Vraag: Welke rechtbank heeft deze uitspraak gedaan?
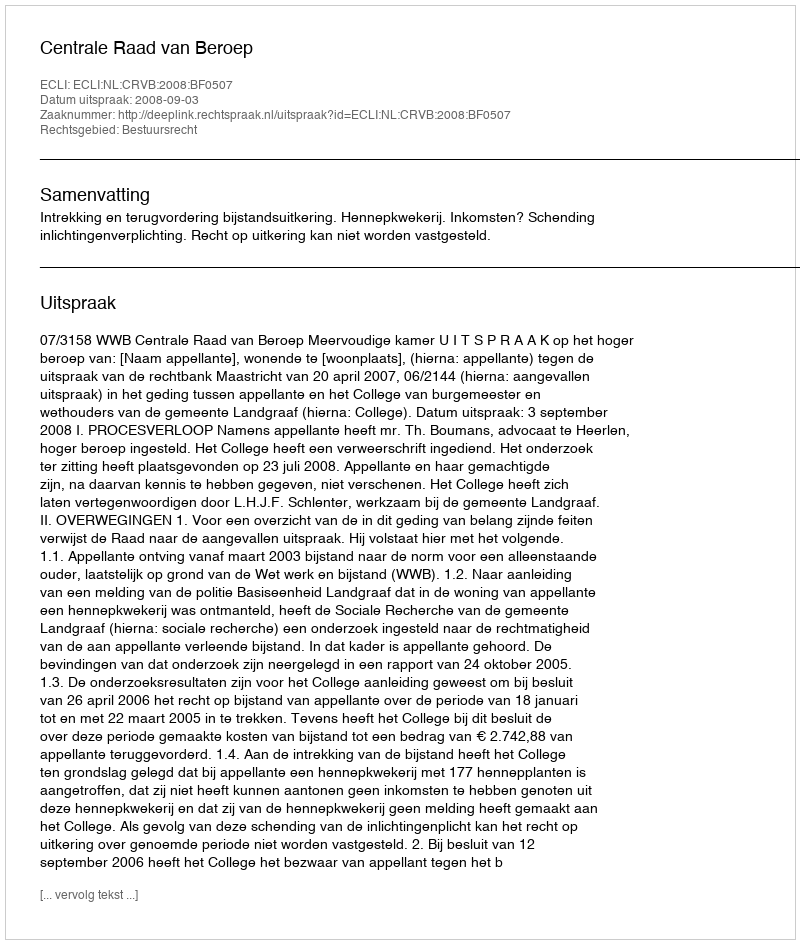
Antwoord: Centrale Raad van Beroep